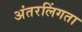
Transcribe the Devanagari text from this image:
अंतरलिंगता